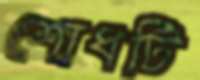
শোধটি